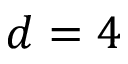
d = 4